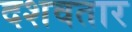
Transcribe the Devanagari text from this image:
दशवतार